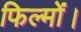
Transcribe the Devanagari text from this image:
फिल्मों।